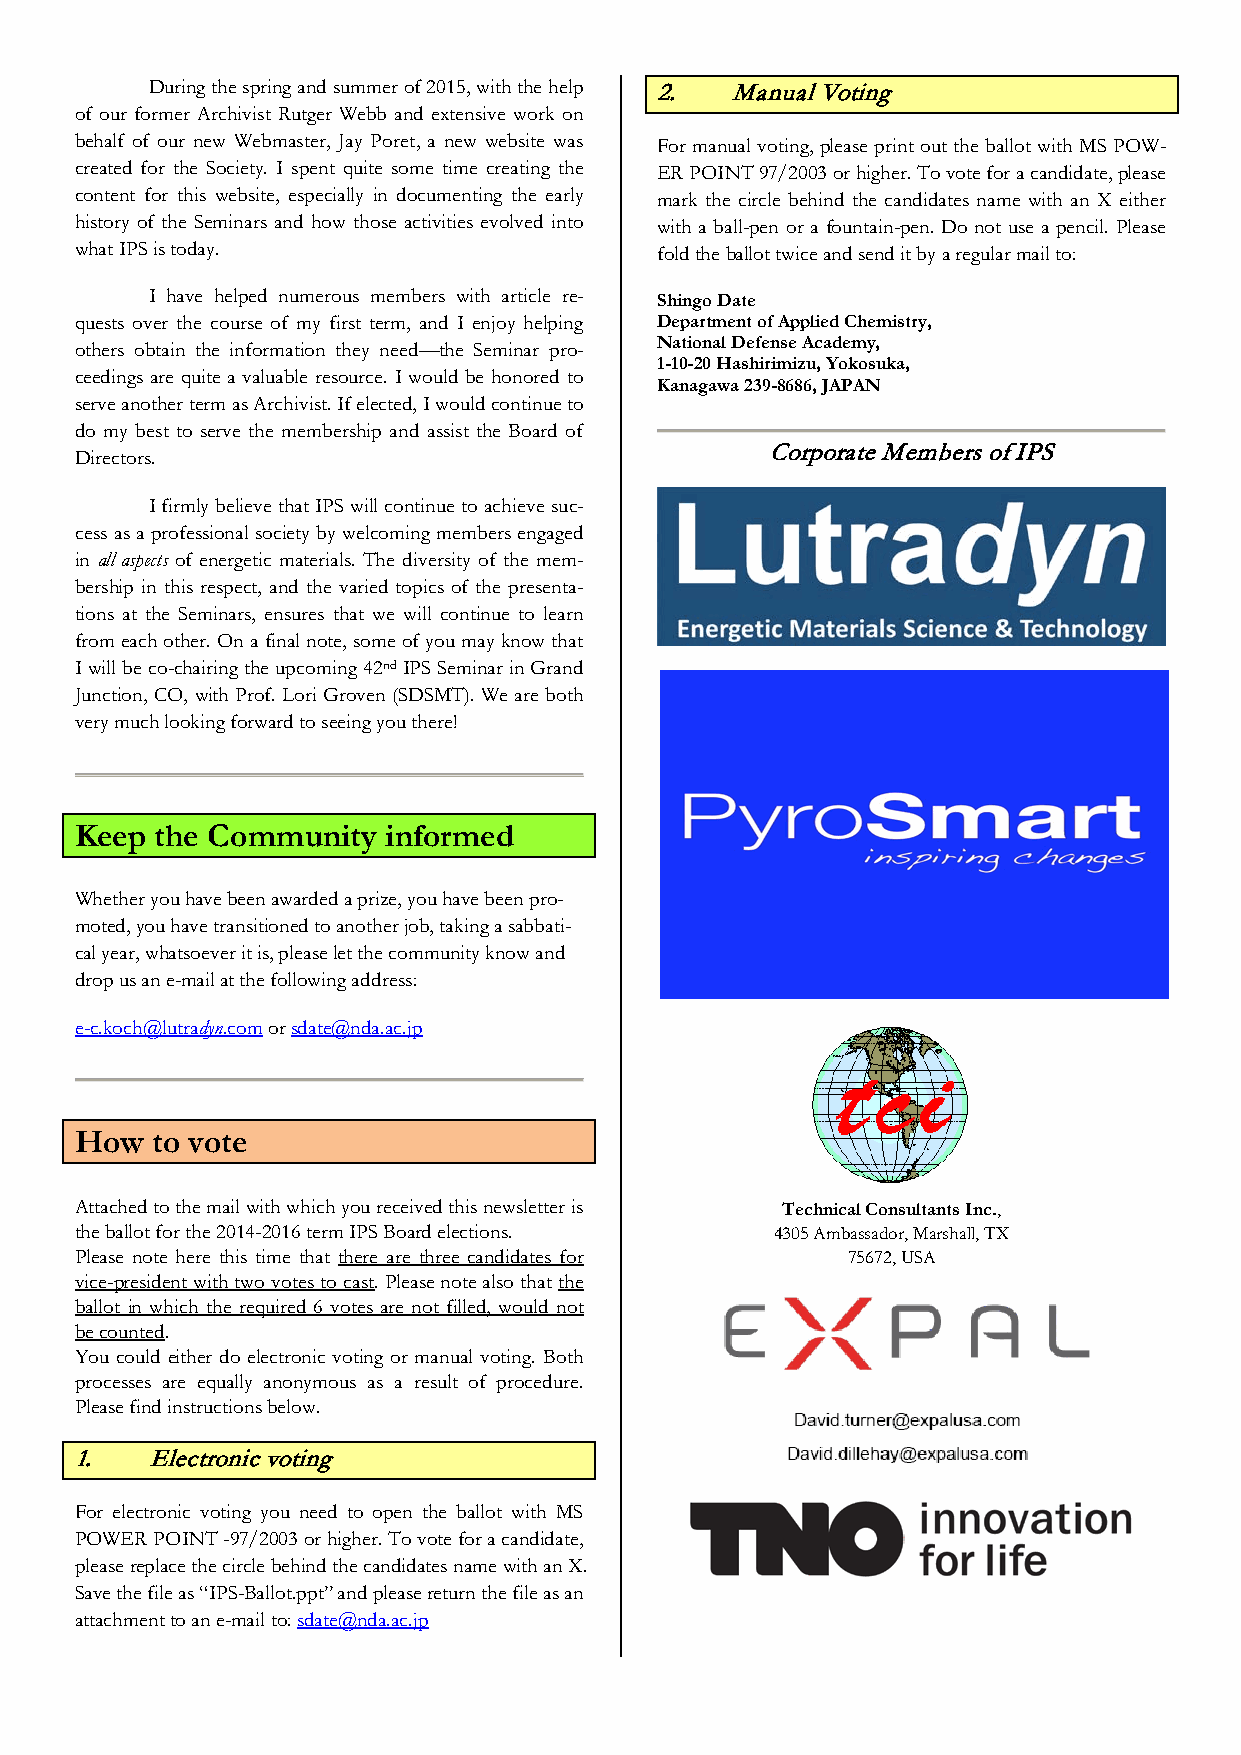
During the spring and summer of 2015, with the help 2. Manual Voting
 of our former Archivist Rutger Webb and extensive work on
 behalf of our new Webmaster, Jay Poret, a new website was For manual voting, please print out the ballot with MS POW-
 created for the Society. I spent quite some time creating the ER POINT 97/2003 or higher. To vote for a candidate, please
 content for this website, especially in documenting the early mark the circle behind the candidates name with an X either
 history of the Seminars and how those activities evolved into with a ball-pen or a fountain-pen. Do not use a pencil. Please
 what IPS is today.                    fold the ballot twice and send it by a regular mail to:
 I have helped numerous members with article re-
 Shingo Date
 quests over the course of my first term, and I enjoy helping Department of Applied Chemistry,
 others obtain the information they need—the Seminar pro- National Defense Academy,
 1-10-20 Hashirimizu, Yokosuka,
 ceedings are quite a valuable resource. I would be honored to
 Kanagawa 239-8686, JAPAN
 serve another term as Archivist. If elected, I would continue to
 do my best to serve the membership and assist the Board of
 Corporate Members of IPS
 Directors.
 I firmly believe that IPS will continue to achieve suc-
 cess as a professional society by welcoming members engaged
 in all aspects of energetic materials. The diversity of the mem-
 bership in this respect, and the varied topics of the presenta-
 tions at the Seminars, ensures that we will continue to learn
 from each other. On a final note, some of you may know that
 I will be co-chairing the upcoming 42nd IPS Seminar in Grand
 Junction, CO, with Prof. Lori Groven (SDSMT). We are both
 very much looking forward to seeing you there!
 Keep the Community  informed
 Whether you have been awarded a prize, you have been pro-
 moted, you have transitioned to another job, taking a sabbati-
 cal year, whatsoever it is, please let the community know and
 drop us an e-mail at the following address:
 e-c.koch@lutradyn.com or sdate@nda.ac.jp
 How  to vote
 Attached to the mail with which you received this newsletter is Technical Consultants Inc.,
 the ballot for the 2014-2016 term IPS Board elections. 4305 Ambassador, Marshall, TX
 Please note here this time that there are three candidates for 75672, USA
 vice-president with two votes to cast. Please note also that the
 ballot in which the required 6 votes are not filled, would not
 be counted.
 You could either do electronic voting or manual voting. Both
 processes are equally anonymous as a result of procedure.
 Please find instructions below.
 1.   Electronic voting
 For electronic voting you need to open the ballot with MS
 POWER POINT -97/2003 or higher. To vote for a candidate,
 please replace the circle behind the candidates name with an X.
 Save the file as “IPS-Ballot.ppt” and please return the file as an
 attachment to an e-mail to: sdate@nda.ac.jp